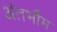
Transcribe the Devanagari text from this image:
अंतर्भौम